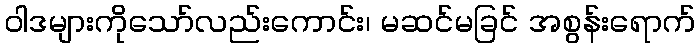
ဝါဒများကိုသော်လည်းကောင်း၊ မဆင်မခြင် အစွန်းရောက်